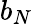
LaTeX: b_{N}